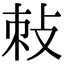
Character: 𭣯